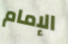
الإمام